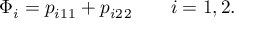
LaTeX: \Phi _ { i } = p _ { i 1 } \L _ { 1 } + p _ { i 2 } \L _ { 2 } \qquad i = { 1 , 2 } .